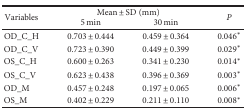
<table><thead><tr><td rowspan="2"><b>Variables</b></td><td colspan="2"><b>Mean ± SD (mm)</b></td><td rowspan="2"><b><i>P</i></b></td></tr><tr><td><b>5 min</b></td><td><b>30 min</b></td></tr></thead><tbody><tr><td>OD_C_H</td><td>0.703 ± 0.444</td><td>0.459 ± 0.364</td><td>0.046<sup>∗</sup></td></tr><tr><td>OD_C_V</td><td>0.723 ± 0.390</td><td>0.449 ± 0.399</td><td>0.029<sup>∗</sup></td></tr><tr><td>OS_C_H</td><td>0.600 ± 0.263</td><td>0.341 ± 0.230</td><td>0.014<sup>∗</sup></td></tr><tr><td>OS_C_V</td><td>0.623 ± 0.438</td><td>0.396 ± 0.369</td><td>0.003<sup>∗</sup></td></tr><tr><td>OD_M</td><td>0.457 ± 0.248</td><td>0.197 ± 0.065</td><td>0.006<sup>∗</sup></td></tr><tr><td>OS_M</td><td>0.402 ± 0.229</td><td>0.211 ± 0.110</td><td>0.008<sup>∗</sup></td></tr></tbody></table>